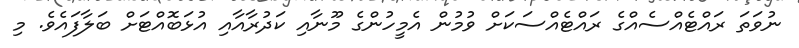
ނުވަތަ ރައްޓެއްސެއްގެ ރައްޓެއްސަކަށް ވުމުން އެމީހުންގެ މޫނާއި ކަދުރާއާއި އުޅަބޮއްޓަށް ބަލާފައެވެ. މި